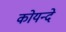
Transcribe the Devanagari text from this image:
कोयन्दे